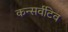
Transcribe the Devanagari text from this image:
कन्सर्वटिव